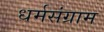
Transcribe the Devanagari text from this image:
धर्मसंग्राम